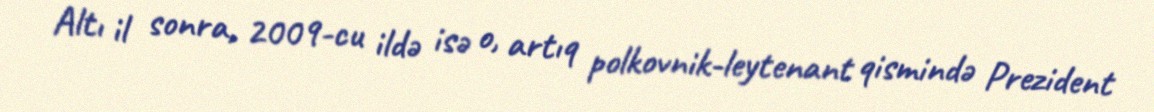
Altı il sonra, 2009-cu ildə isə o, artıq polkovnik-leytenant qismində Prezident